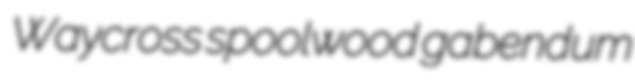
Waycross spoolwood gabendum